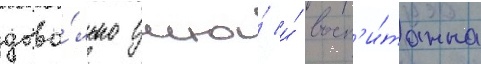
дово́льно умна́ и́ восп'и́танна